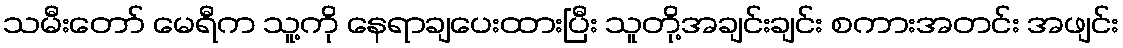
သမီးတော် မေရီက သူ့ကို နေရာချပေးထားပြီး သူတို့အချင်းချင်း စကားအတင်း အဖျင်း